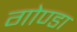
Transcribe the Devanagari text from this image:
गोण्‍डा